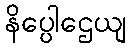
နိပ္ပေါဌေယျ